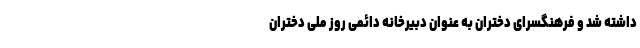
داشته شد و فرهنگسرای دختران به عنوان دبیرخانه دائمی روز ملی دختران